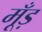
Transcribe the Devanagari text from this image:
मूँड़